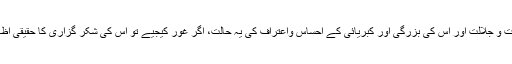
اللہ کی عظمت و جلالت اور اُس کی بزرگی اور کبریائی کے احساس واعتراف کی یہ حالت، اگر غور کیجیے تو اُس کی شکر گزاری کا حقیقی اظہار بھی ہے۔